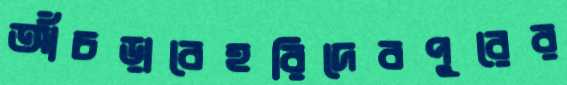
আঁচড়াবেহরিদেবপুরের